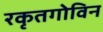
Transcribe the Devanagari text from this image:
रकृतगोविन